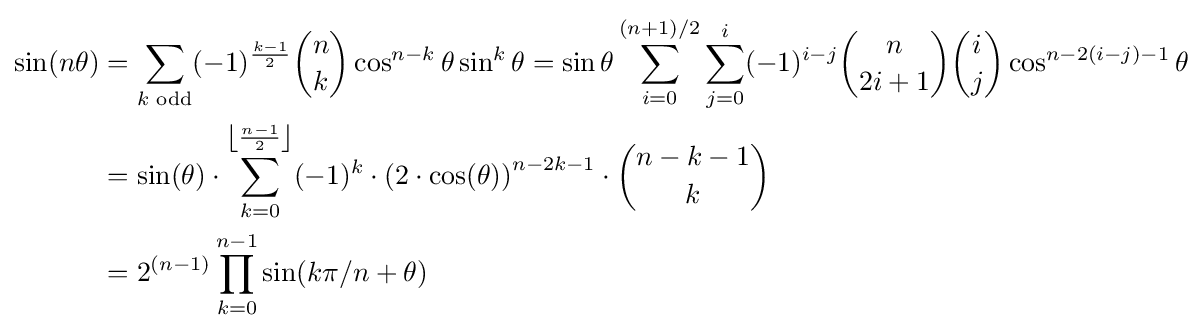
{\begin{aligned}\sin(n\theta )&=\sum _{k{\text{ odd}}}(-1)^{\frac {k-1}{2}}{n \choose k}\cos ^{n-k}\theta \sin ^{k}\theta =\sin \theta \sum _{i=0}^{(n+1)/2}\sum _{j=0}^{i}(-1)^{i-j}{n \choose 2i+1}{i \choose j}\cos ^{n-2(i-j)-1}\theta \\{}&=\sin(\theta )\cdot \sum _{k=0}^{\left\lfloor {\frac {n-1}{2}}\right\rfloor }(-1)^{k}\cdot {(2\cdot \cos(\theta ))}^{n-2k-1}\cdot {n-k-1 \choose k}\\{}&=2^{(n-1)}\prod _{k=0}^{n-1}\sin(k\pi /n+\theta )\end{aligned}}